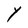
Character: Y